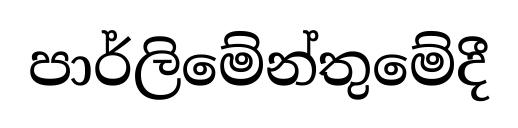
පාර්ලිමේන්තුමේදී